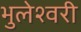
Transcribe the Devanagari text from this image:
भुलेश्वरी